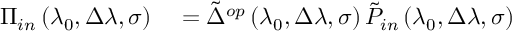
\begin{array} { r l } { \Pi _ { i n } \left( \lambda _ { 0 } , \Delta \lambda , \sigma \right) } & { { } = \tilde { \Delta } ^ { o p } \left( \lambda _ { 0 } , \Delta \lambda , \sigma \right) \tilde { P } _ { i n } \left( \lambda _ { 0 } , \Delta \lambda , \sigma \right) } \end{array}